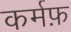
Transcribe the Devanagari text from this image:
कर्मफ़